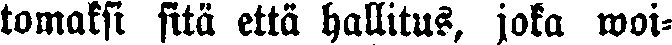
tomaksi sitä että hallitus, joka woi-